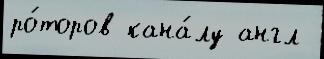
ро́торов кана́лу англ